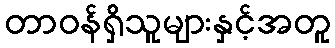
တာဝန်ရှိသူများနှင့်အတူ